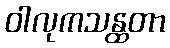
ဝါလုကသန္ထတာ